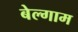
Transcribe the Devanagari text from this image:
बेल्गाम